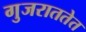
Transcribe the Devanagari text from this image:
गुजराततेत